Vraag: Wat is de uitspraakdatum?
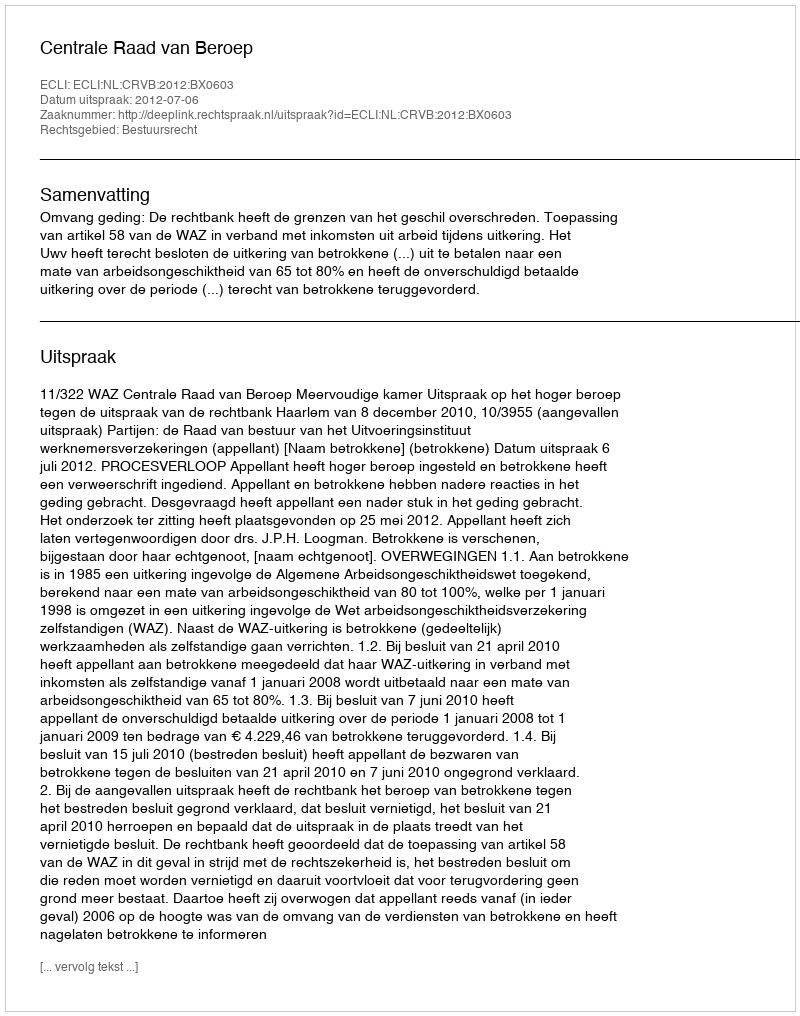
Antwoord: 2012-07-06